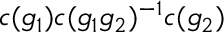
c ( g _ { 1 } ) c ( g _ { 1 } g _ { 2 } ) ^ { - 1 } c ( g _ { 2 } )